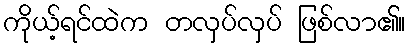
ကိုယ့်ရင်ထဲက တလှပ်လှပ် ဖြစ်လာ၏။